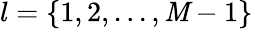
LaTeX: l=\{ 1,2,...,\mathit{M}-1\}